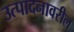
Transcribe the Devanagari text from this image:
उत्पादनावरील